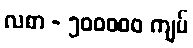
လစာ - ၅၀၀၀၀၀ ကျပ်